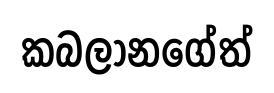
කබලානගේත්